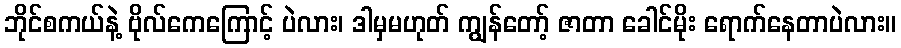
ဘိုင်စကယ်နဲ့ ဗိုလ်ကေကြောင့် ပဲလား၊ ဒါမှမဟုတ် ကျွန်တော့် ဇာတာ ခေါင်မိုး ရောက်နေတာပဲလား။